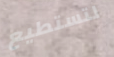
لتستطيع